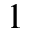
1